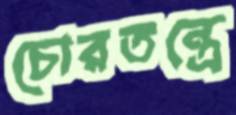
চোরতন্ত্রে